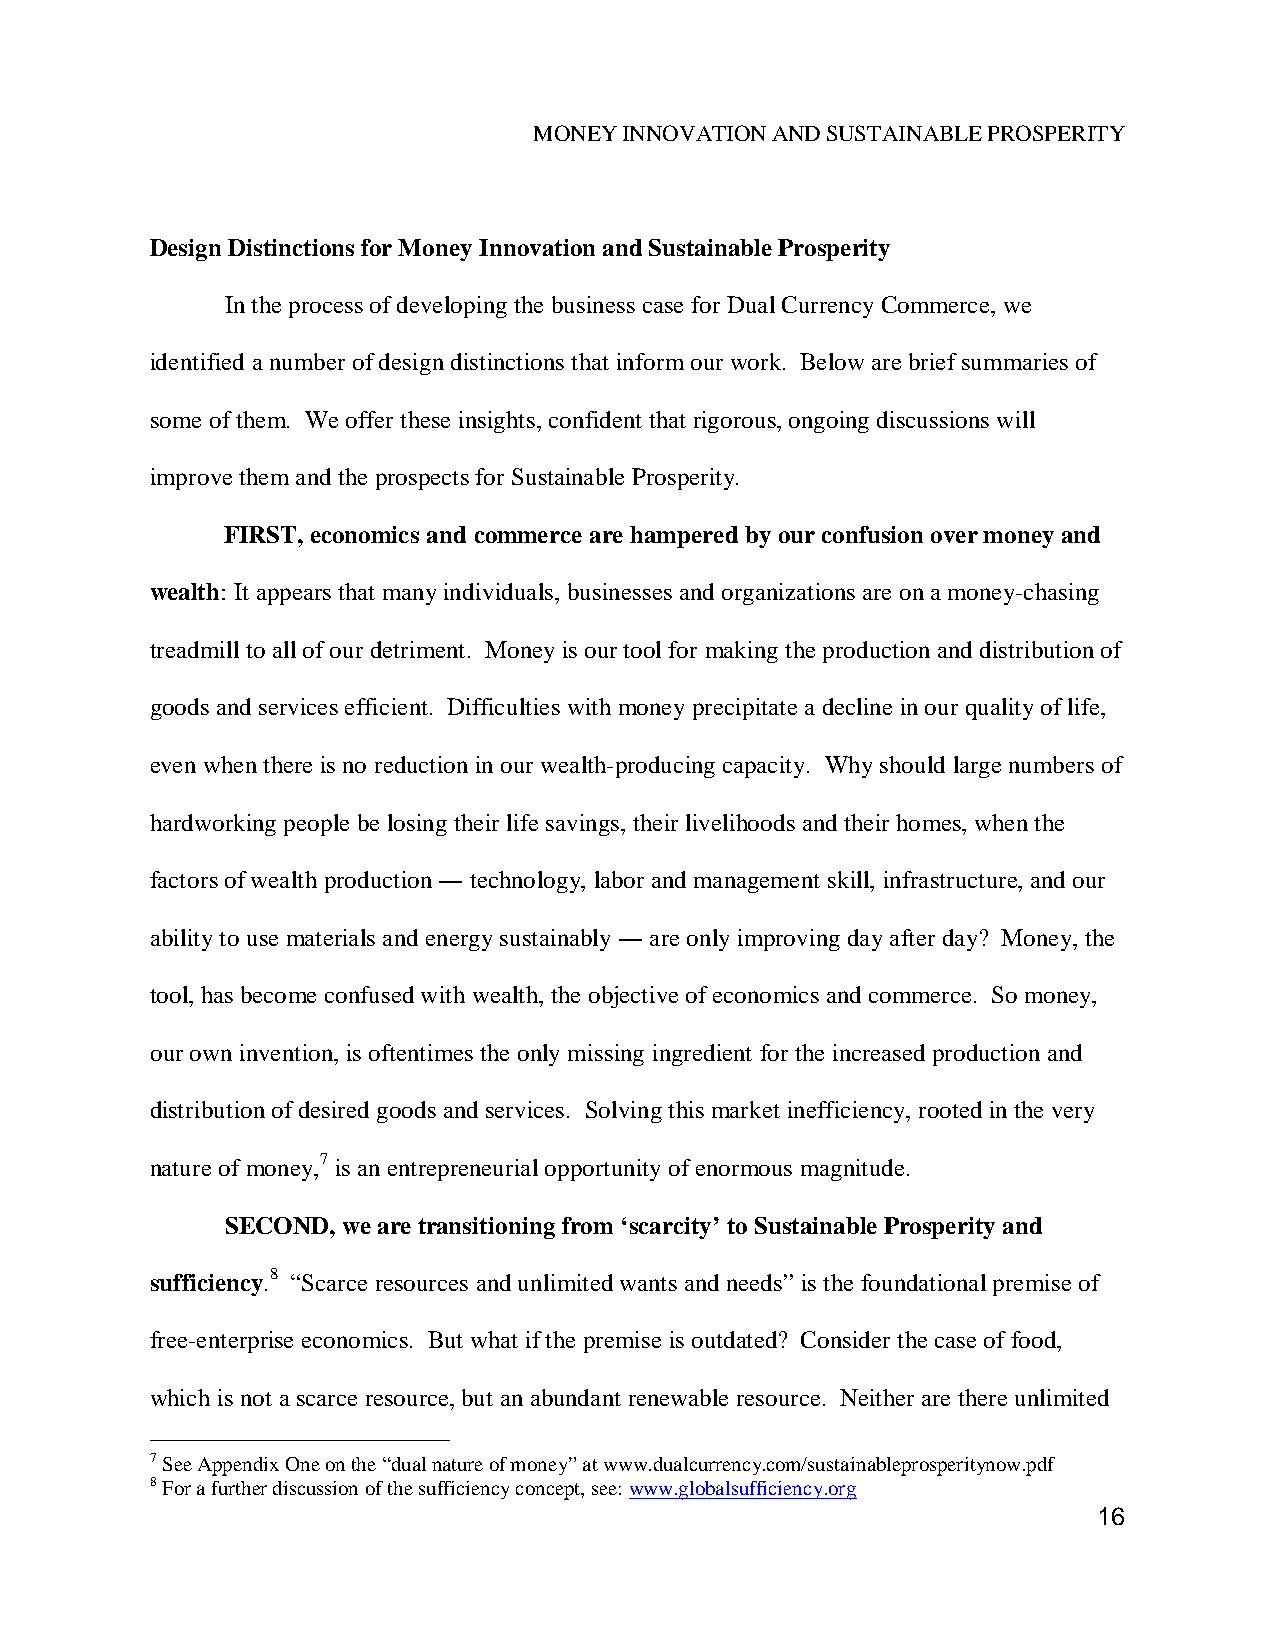
MONEY INNOVATION AND SUSTAINABLE PROSPERITY
 Design Distinctions for Money Innovation and Sustainable Prosperity
 In the process of developing the business case for Dual Currency Commerce, we
 identified a number of design distinctions that inform our work. Below are brief summaries of
 some of them. We offer these insights, confident that rigorous, ongoing discussions will
 improve them and the prospects for Sustainable Prosperity.
 FIRST, economics and commerce are hampered by our confusion over money and
 wealth: It appears that many individuals, businesses and organizations are on a money-chasing
 treadmill to all of our detriment. Money is our tool for making the production and distribution of
 goods and services efficient. Difficulties with money precipitate a decline in our quality of life,
 even when there is no reduction in our wealth-producing capacity. Why should large numbers of
 hardworking people be losing their life savings, their livelihoods and their homes, when the
 factors of wealth production ― technology, labor and management skill, infrastructure, and our
 ability to use materials and energy sustainably ― are only improving day after day? Money, the
 tool, has become confused with wealth, the objective of economics and commerce. So money,
 our own invention, is oftentimes the only missing ingredient for the increased production and
 distribution of desired goods and services. Solving this market inefficiency, rooted in the very
 nature of money,7 is an entrepreneurial opportunity of enormous magnitude.
 SECOND, we are transitioning from ‘scarcity’ to Sustainable Prosperity and
 sufficiency.8 “Scarce resources and unlimited wants and needs” is the foundational premise of
 free-enterprise economics. But what if the premise is outdated? Consider the case of food,
 which is not a scarce resource, but an abundant renewable resource. Neither are there unlimited
 7 See Appendix One on the “dual nature of money” at www.dualcurrency.com/sustainableprosperitynow.pdf
 8 For a further discussion of the sufficiency concept, see: www.globalsufficiency.org
 16